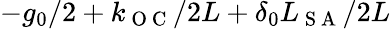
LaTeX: -g_{0}/2+k_{\mathrm{~O~C~}}/2L+\delta_{0}L_{\mathrm{~S~A~}}/2L